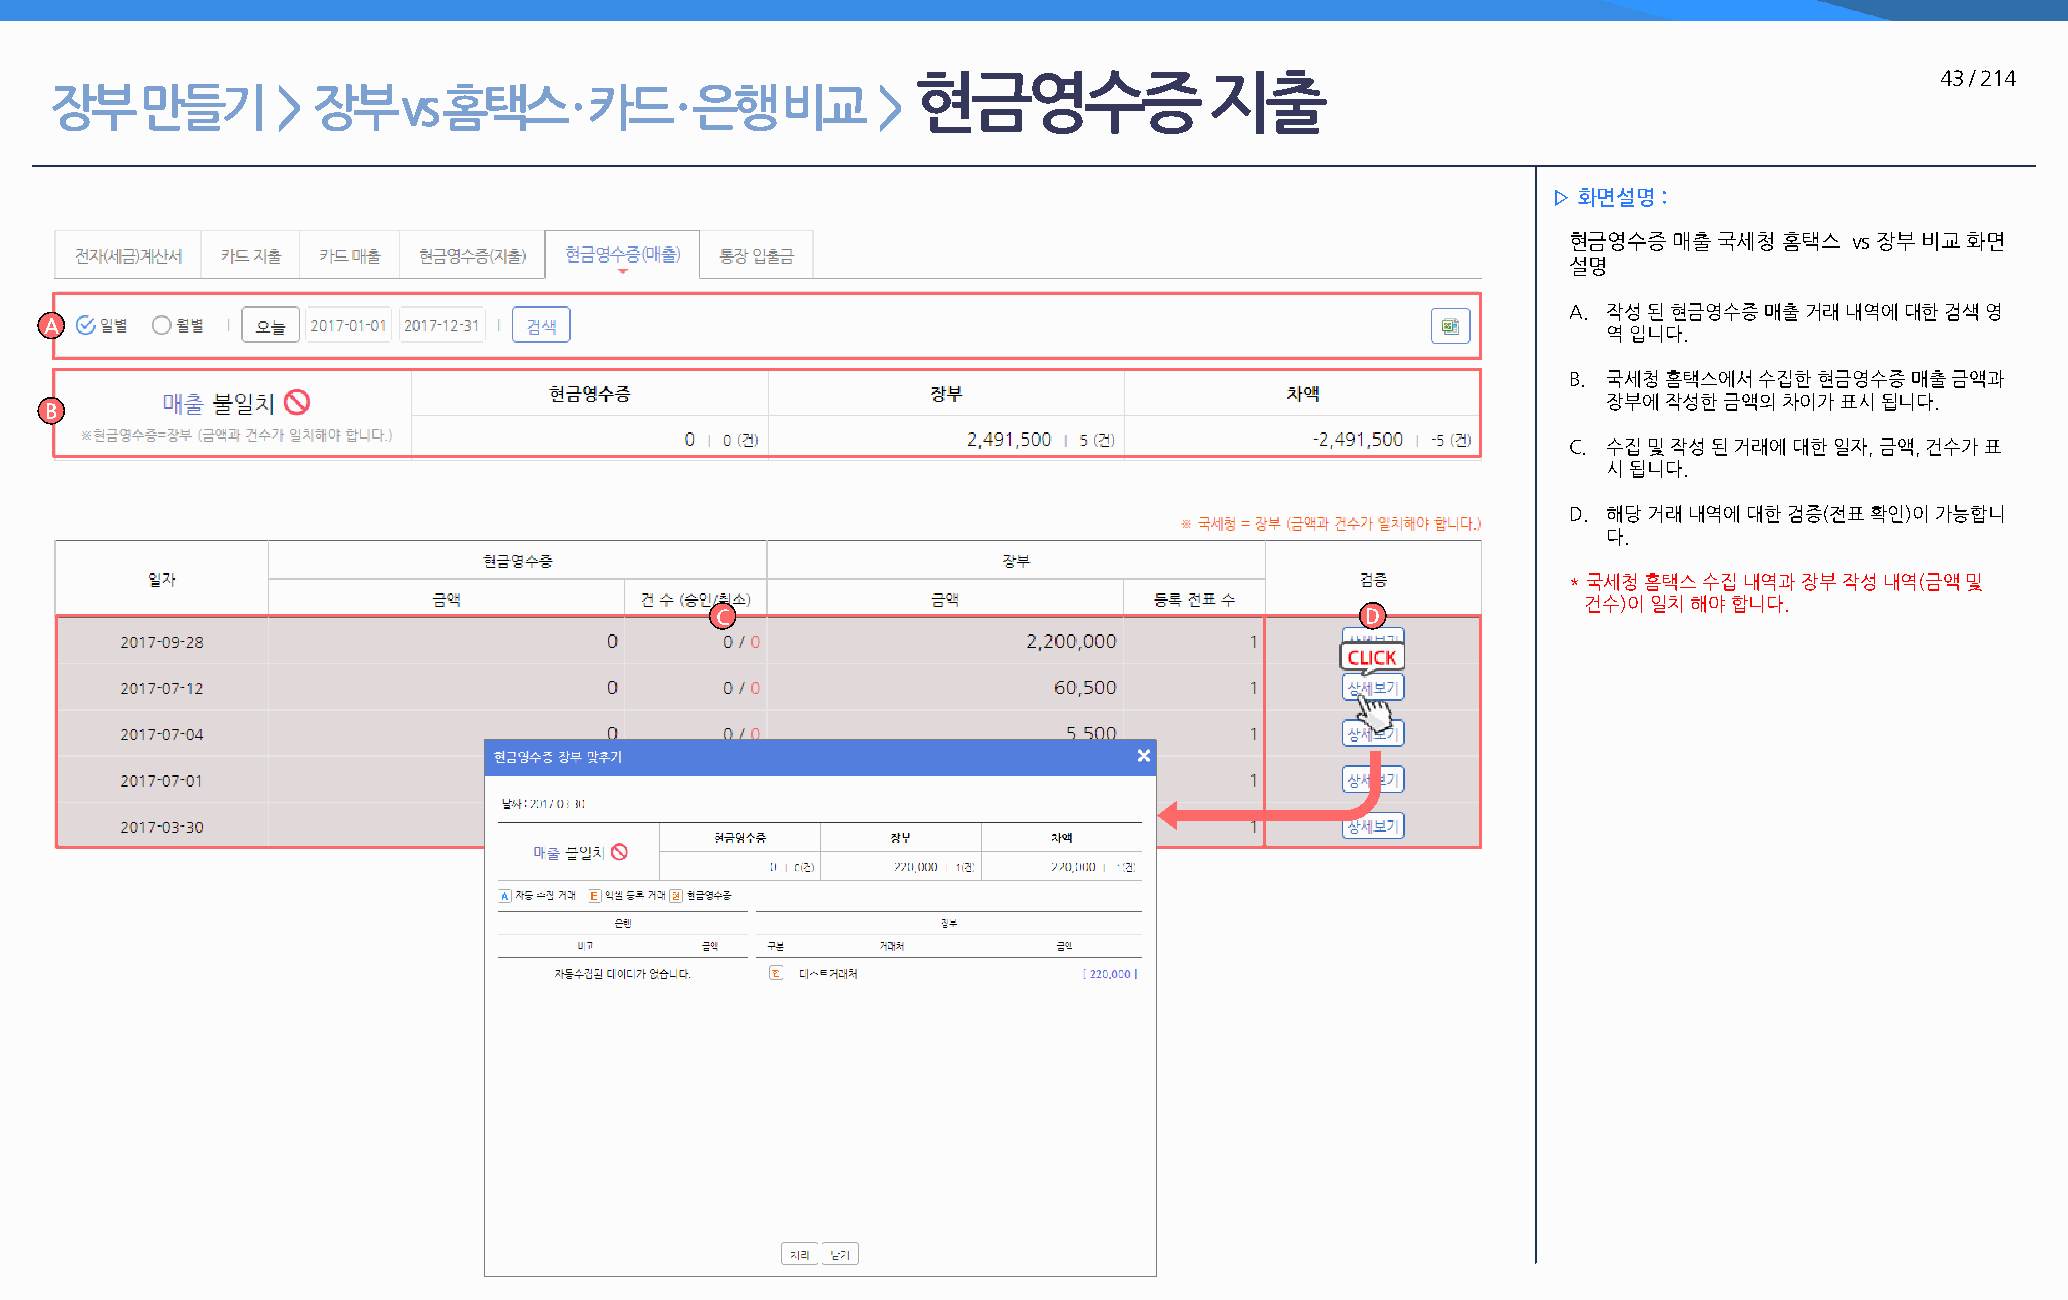
현금영수증               지출                                              43 / 214
 장부    만들기      >  장부    vs 홈택스     · 카드   · 은행   비교    >
 ▷ 화면설명 :
 현금영수증  매출 국세청 홈택스  vs 장부 비교 화면
 설명
 A. 작성 된 현금영수증 매출 거래 내역에 대한 검색 영
 A
 역 입니다.
 B. 국세청 홈택스에서 수집한 현금영수증 매출 금액과
 장부에 작성한 금액의 차이가 표시 됩니다.
 B
 C. 수집 및 작성 된 거래에 대한 일자, 금액, 건수가 표
 시 됩니다.
 D. 해당 거래 내역에 대한 검증(전표 확인)이 가능합니
 다.
 * 국세청 홈택스 수집 내역과 장부 작성 내역(금액 및
 건수)이 일치 해야 합니다.
 C                                          D